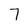
Character: 7